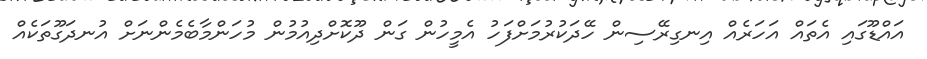
އައްޑޫގައި އެތައް އަހަރެއް އިނގިރޭސިން ހޭދަކުރުމަށްފަހު އެމީހުން ގަން ދޫކޮށްދިއުމުން މުހަންމާބެމެންނަށް އުނދަގޫތަކެއް